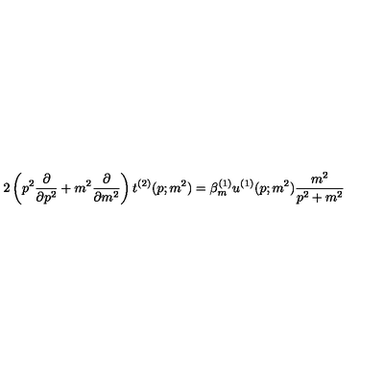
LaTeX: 2 \left( p ^ { 2 } \frac { \partial } { \partial p ^ { 2 } } + m ^ { 2 } \frac { \partial } { \partial m ^ { 2 } } \right) t ^ { ( 2 ) } ( p ; m ^ { 2 } ) = \beta _ { m } ^ { ( 1 ) } u ^ { ( 1 ) } ( p ; m ^ { 2 } ) \frac { m ^ { 2 } } { p ^ { 2 } + m ^ { 2 } }